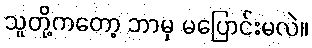
သူတို့ကတော့ ဘာမှ မပြောင်းမလဲ။